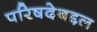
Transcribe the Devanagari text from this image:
परिषदेबद्दल